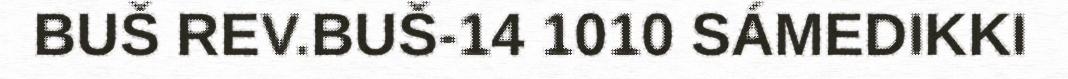
BUŠ REV.BUŠ-14 1010 SÁMEDIKKI